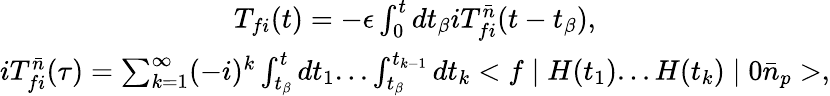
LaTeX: \begin{array}{c}{{T_{fi}(t)=-\epsilon\int_{0}^{t}dt_{\beta}iT_{fi}^{\bar{n}}(t-t_{\beta}),}}\\ {{iT_{fi}^{\bar{n}}(\tau)=\sum_{k=1}^{\infty}(-i)^{k}\int_{t_{\beta}}^{t}dt_{1}...\int_{t_{\beta}}^{t_{k-1}}dt_{k}<f\mid H(t_{1})...H(t_{k})\mid 0\bar{n}_{p}>,}}\end{array}